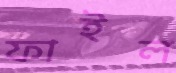
ফাইল